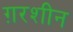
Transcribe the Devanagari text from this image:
ग़रशीन